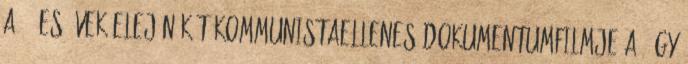
A 90-es évek elején két kommunistaellenes dokumentumfilmje a „Így